Indian journal of veterinary science and animal husbandry - Volumes 15-17, 1948-1951
Year: 1948
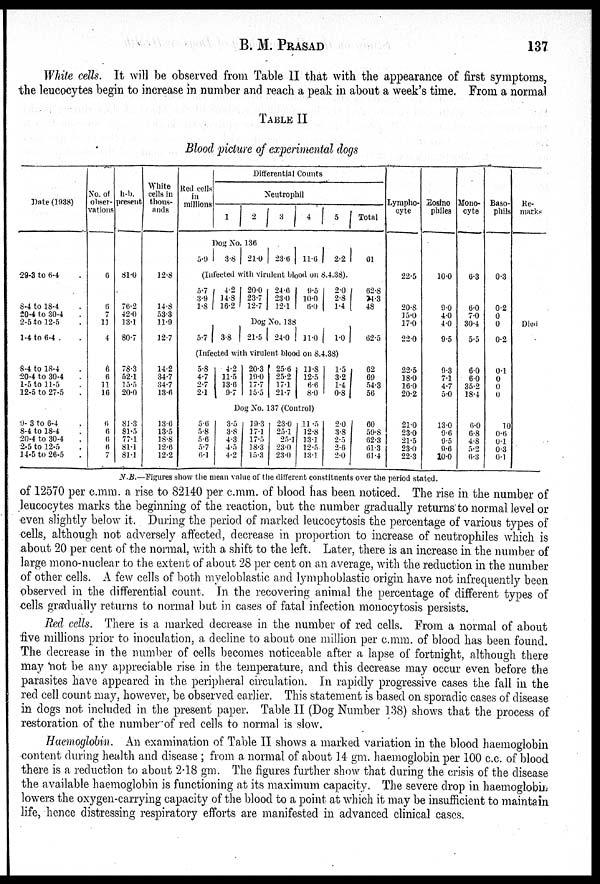
B. M.
PRASAD
137
White cells. It will be observed from Table II that with the appearance of first symptoms,
the leucocytes begin to increase in number and reach a peak in about a week's time. From a normal
TABLE II
Blood picture of experimental dogs
Date (1938)
29-3 to 6-4 .
8-4 to 18-4 .
20-4 to 30-4 .
2-5 to 12-5 .
1-4 to 6-4 . .
8-4 to 18-4 .
20-4 to 30-4 .
1-5 to 11-5 .
12-5 to 27-5 .
9-3 to 6-4 .
8-4 to 18-4 .
20-4 to 30-4 .
2-5 to 12-5 .
14-5 to 26-5 .
No. of
obser-
vations
6
6
7
11
4
6
6
11
16
6
6
6
6
7
h-b.
present
81.0
76.2
42.0
13.1
80.7
78.3
52.1
15.5
20.0
81.3
81.5
77.1
81.1
81.1
White
cells in
thous-
ands
12.8
14.8
53.3
11.9
12.7
14.2
34.7
34.7
13.6
13.6
13.5
18.8
12.6
12.2
Red cells
in
millions
Differential Counts
Neutrophil
1
2
3
4
5
Total
Dog No. 136
5.9 3.8 21.0 23.6 11.6 2.2
61
(Infected with virulent blood on 8.4.38).
5.7
3.9
1.8
4.2
14.8
16.2
20.0
23.7
12.7
24.6
23.0
12.1
9.5
10.0
6.0
2.0
2.8
1.4
62.8
74.3
48
Dog No. 138
5.7 3.8 21.5 24.0 11.0 1.0
62.5
(Infected with virulent blood on 8.4.38)
5.8
4.7
2.7
2.1
4.2
11.5
13.6
9.7
20.3
19.0
17.7
15.5
25.6
25.2
17.1
21.7
11.8
12.5
6.6
8.0
1.5
3.2
1.4
0.8
62
69
54.3
56
Dog No. 137 (Control)
5.6
5.8
5.6
5.7
6.1
3.5
3.8
4.3
4.5
4.2
19.3
17.1
17.5
18.3
15.3
23.0
25.1
25.1
23.0
23.0
11.5
12.8
13.1
12.5
13.1
2.0
3.8
2.5
2.6
2.0
60
59.8
62.3
61.3
61.4
Lympho-
cyte
22.5
20.8
15.0
17.0
22.0
22.5
18.0
16.0
20.2
21.0
23.0
21.5
23.0
22.3
Eosino
philes
10.0
9.0
4.0
4.0
9.5
9.3
7.1
4.7
5.0
13.0
9.6
9.5
9.6
10.0
Mono-
cyte
6.3
6.0
7.0
30.4
5.5
6.0
6.0
35.2
18.4
6.0
6.8
4.8
5.2
6.3
Baso-
phils
0.3
0.2
0
0
0.2
0.1
0
0
0
10
0.6
0.1
0.3
0.1
Re-
marks
Died
N.B.—Figures show the mean value of the different constituents over the period stated.
of 12570 per c.mm. a rise to 82140 per c.mm. of blood has been noticed. The rise in the number of
leucocytes marks the beginning of the reaction, but the number gradually returns to normal level or
even slightly below it. During the period of marked leucocytosis the percentage of various types of
cells, although not adversely affected, decrease in proportion to increase of neutrophiles which is
about 20 per cent of the normal, with a, shift to the left. Later, there is an increase in the number of
large mono-nuclear to the extent of about 28 per cent on an average, with the reduction in the number
of other cells. A few cells of both myeloblastic and lymphoblastic origin have not infrequently been
observed in the differential count. In the recovering animal the percentage of different types of
cells gradually returns to normal but in cases of fatal infection monocytosis persists.
Red cells. There is a marked decrease in the number of red cells. From a normal of about
five millions prior to inoculation, a decline to about one million per c.mm. of blood has been found.
The decrease in the number of cells becomes noticeable after a lapse of fortnight, although there
may not be any appreciable rise in the temperature, and this decrease may occur even before the
parasites have appeared in the peripheral circulation. In rapidly progressive cases the fall in the
red cell count may, however, be observed earlier. This statement is based on sporadic cases of disease
in dogs not included in the present paper. Table II (Dog Number 138) shows that the process of
restoration of the number of red cells to normal is slow.
Haemoglobin. An examination of Table II shows a marked variation in the blood haemoglobin
content during health and disease ; from a normal of about 14 gm. haemoglobin per 100 c.c. of blood
there is a reduction to about 2.18 gm. The figures further show that during the crisis of the disease
the available haemoglobin is functioning at its maximum capacity. The severe drop in haemoglobin
lowers the oxygen-carrying capacity of the blood to a point at which it may be insufficient to maintain
life, hence distressing respiratory efforts are manifested in advanced clinical cases.